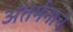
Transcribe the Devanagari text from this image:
अंतर्मनाचे